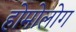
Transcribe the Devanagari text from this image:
होमोलोग